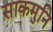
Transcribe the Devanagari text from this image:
साकमुनि